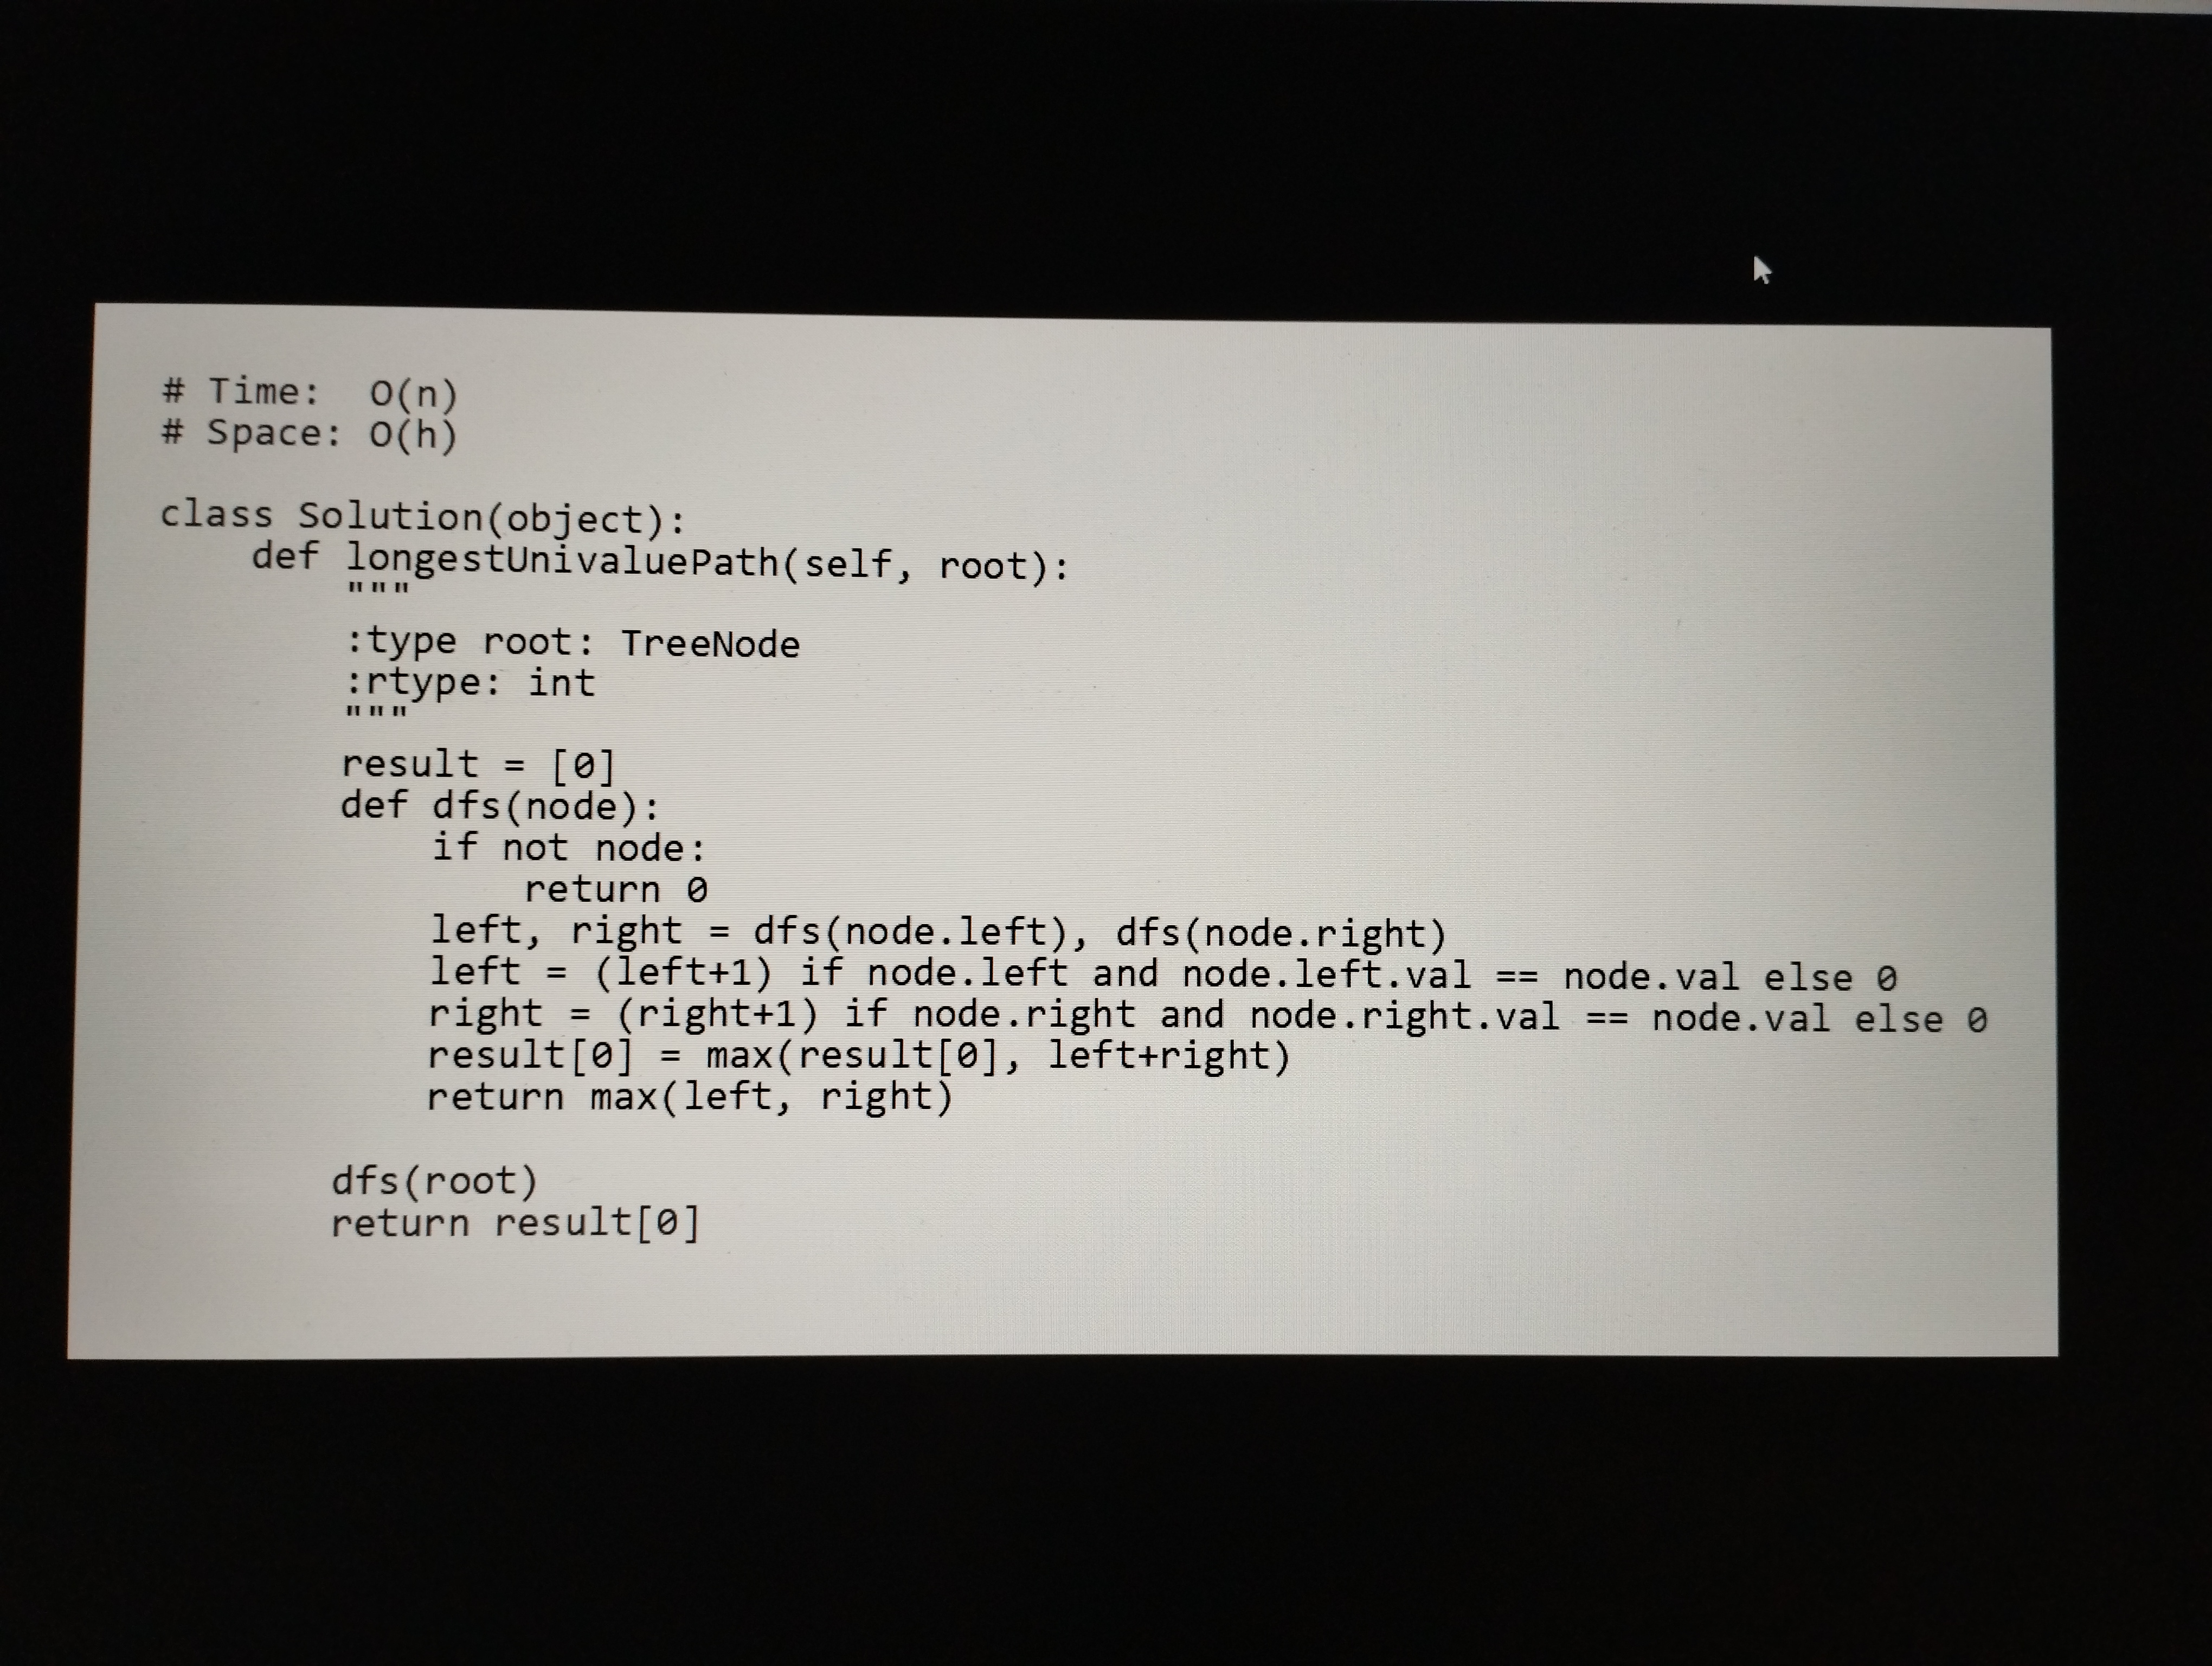
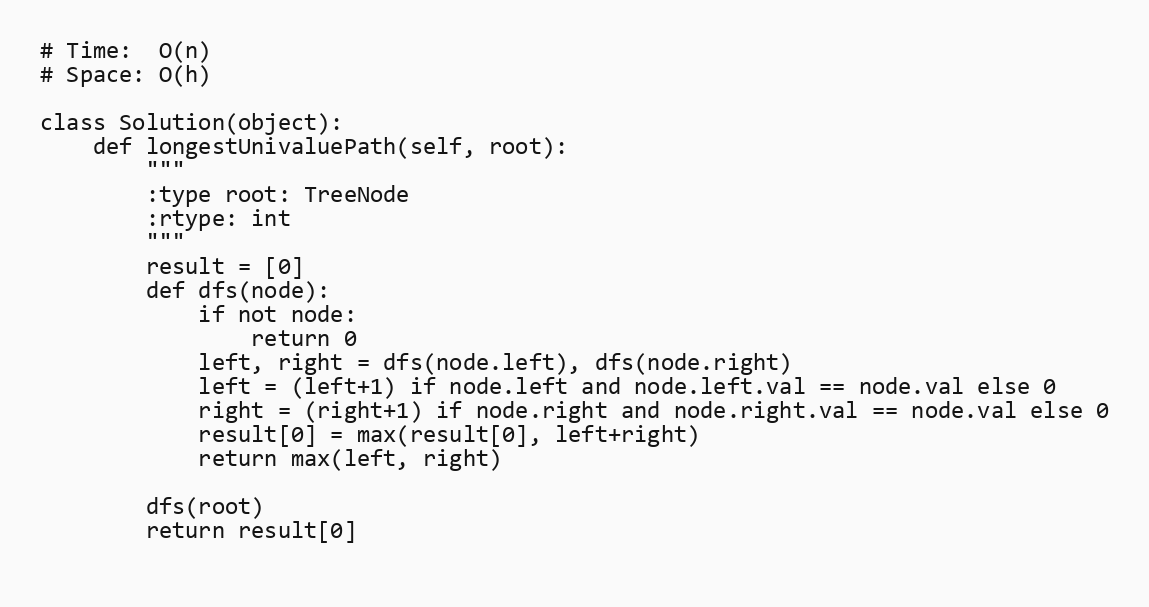
# Time:  O(n)
# Space: O(h)

class Solution(object):
    def longestUnivaluePath(self, root):
        """
        :type root: TreeNode
        :rtype: int
        """
        result = [0]
        def dfs(node):
            if not node:
                return 0
            left, right = dfs(node.left), dfs(node.right)
            left = (left+1) if node.left and node.left.val == node.val else 0
            right = (right+1) if node.right and node.right.val == node.val else 0
            result[0] = max(result[0], left+right)
            return max(left, right)

        dfs(root)
        return result[0]